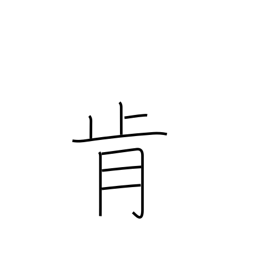
Meaning: consent